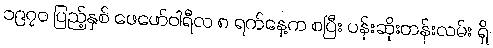
၁၉၇၀ ပြည့်နှစ် ဖေဖော်ဝါရီလ ၈ ရက်နေ့က စပြီး ပန်းဆိုးတန်းလမ်း ရှိ